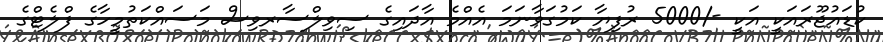
ކުޑައުޖޫރައަކީ އަކީ -/5000 ރުފިޔާ ކަމުގަވާނަމަ އެއްމެ އާދައިގެ ސިވިލްސާރވިސް މަސައްކަތުމީހާގެ ފްލެޓްގެ